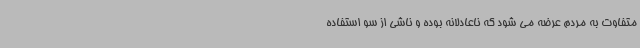
متفاوت به مردم عرضه می شود که ناعادلانه بوده و ناشی از سو استفاده